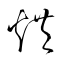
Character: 烘